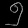
Digit: ၅